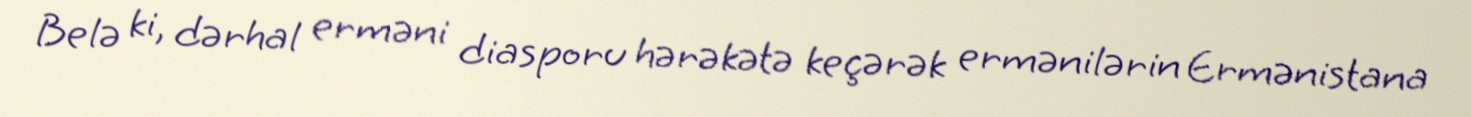
Belə ki, dərhal erməni diasporu hərəkətə keçərək ermənilərin Ermənistana